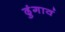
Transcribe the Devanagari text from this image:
ढुंगावं